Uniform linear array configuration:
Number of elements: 48
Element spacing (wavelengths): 0.25
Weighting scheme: uniform
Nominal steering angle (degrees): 30
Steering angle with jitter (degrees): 31.813
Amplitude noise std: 0.05
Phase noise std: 0.05

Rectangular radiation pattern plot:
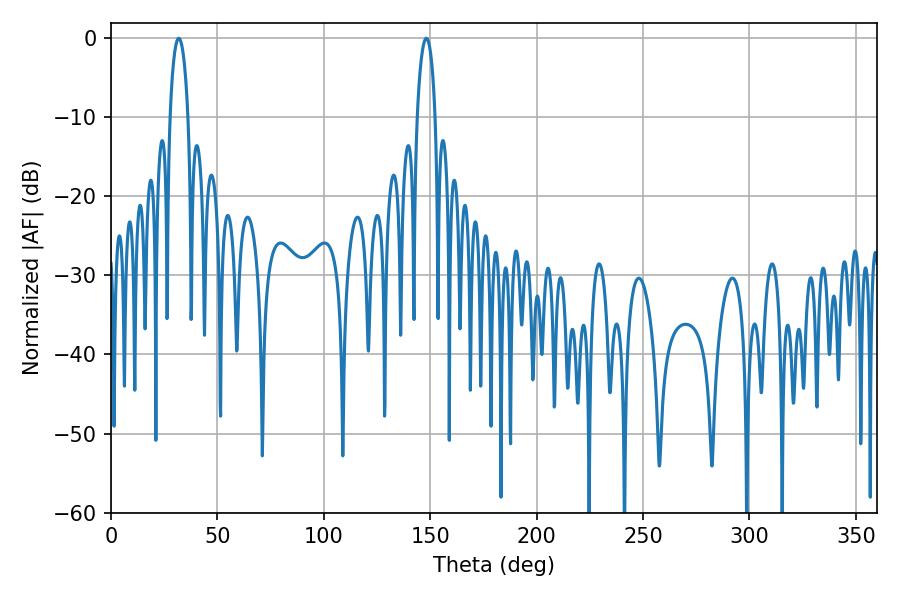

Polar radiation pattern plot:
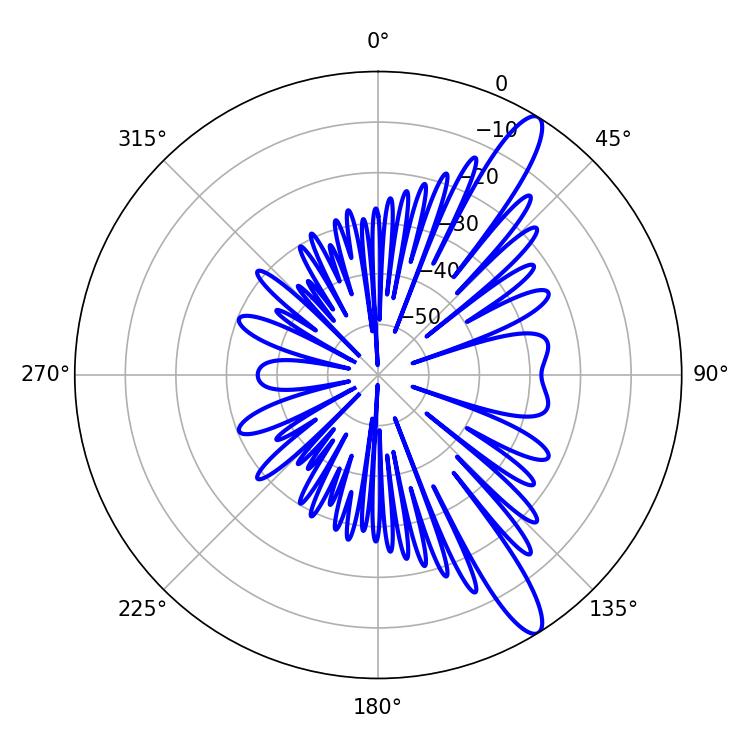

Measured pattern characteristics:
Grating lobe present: FALSE
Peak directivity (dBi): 12.858
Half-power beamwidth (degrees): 4.68
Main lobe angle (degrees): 31.86